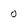
Character: o